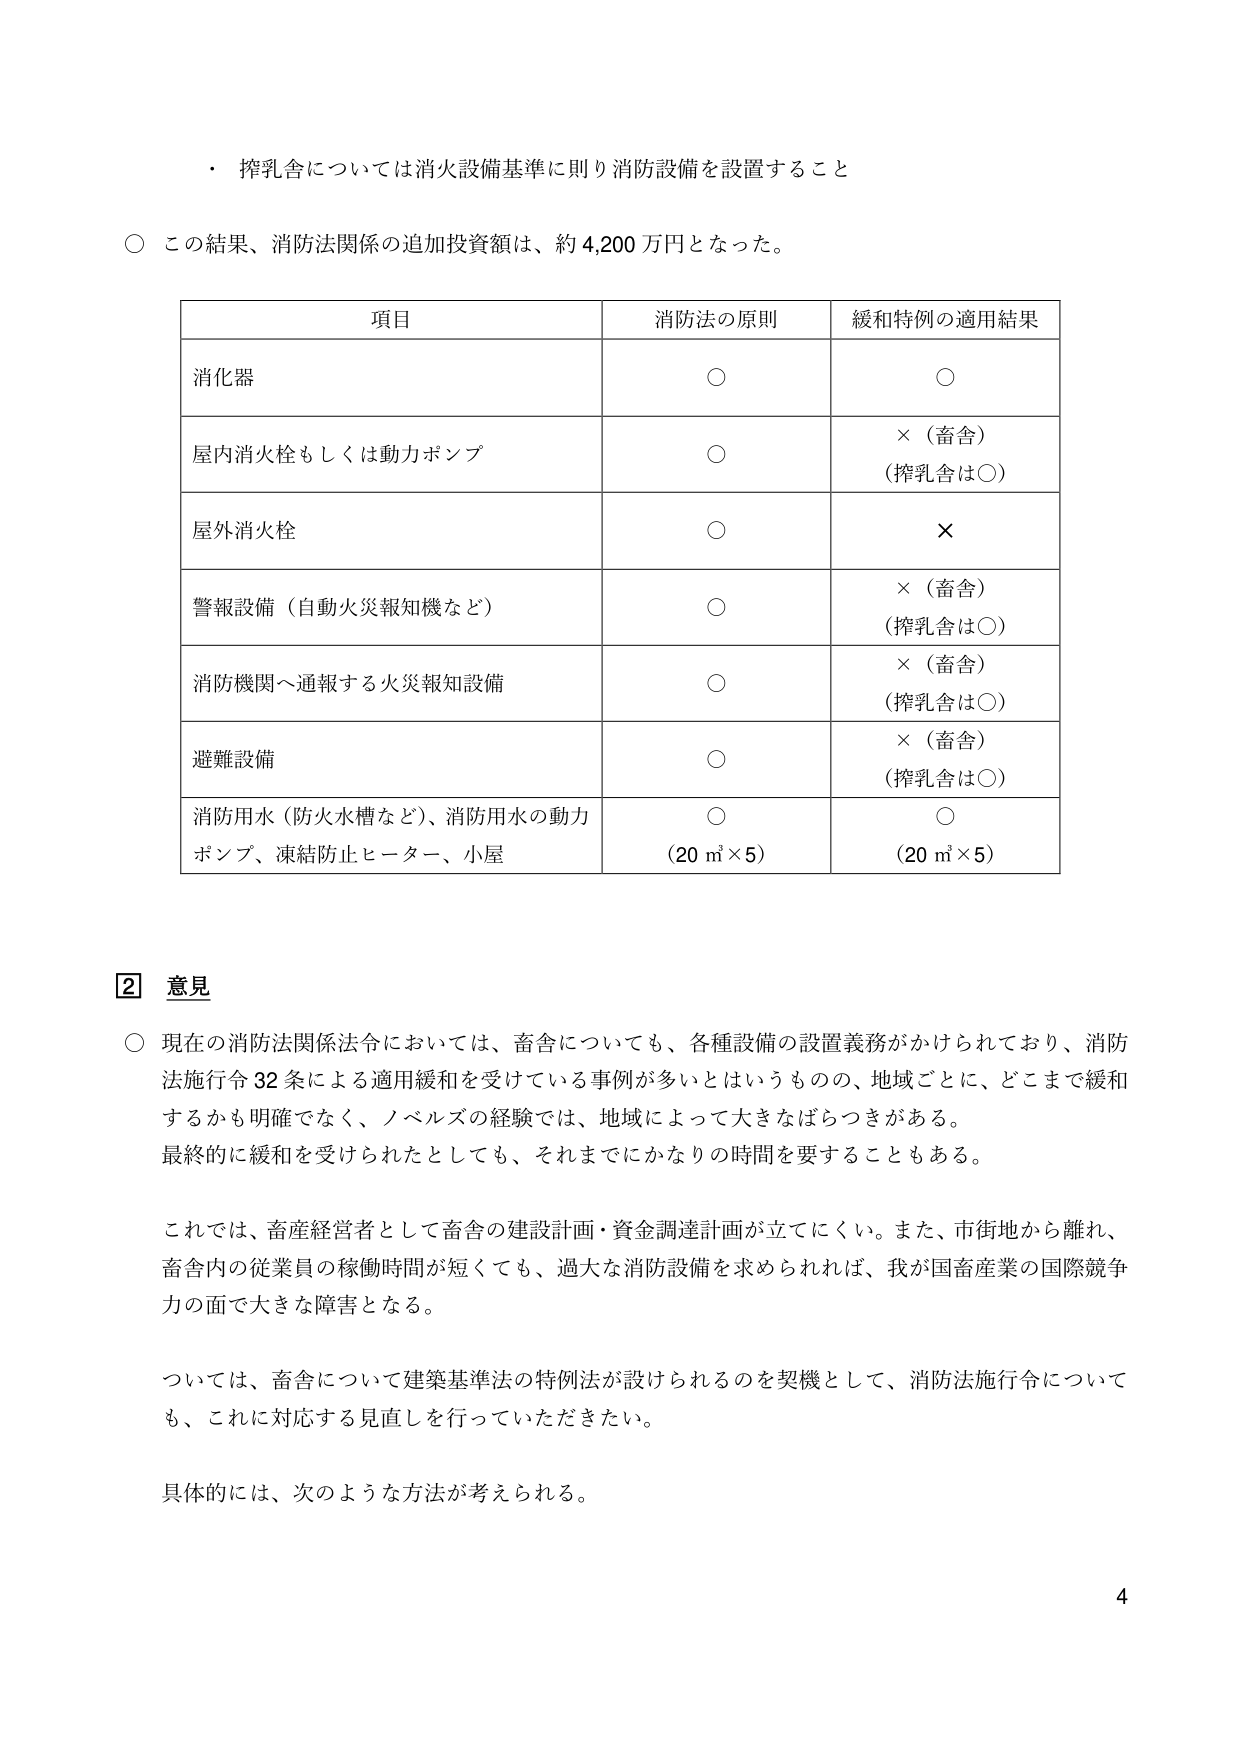
・ 搾乳舎については消火設備基準に則り消防設備を設置すること

○ この結果、消防法関係の追加投資額は、約 4,200 万円となった。

項目 消防法の原則 緩和特例の適用結果
消火器 ○ ○
屋内消火栓もしくは動力ポンプ ○ ×（畜舎）（搾乳舎は○）
屋外消火栓 ○ ×
警報設備（自動火災報知機など） ○ ×（畜舎）（搾乳舎は○）
消防機関へ通報する火災報知設備 ○ ×（畜舎）（搾乳舎は○）
避難設備 ○ ×（畜舎）（搾乳舎は○）
消防用水（防火水槽など）、消防用水の動力ポンプ、凍結防止ヒーター、小屋 ○（20 m³×5） ○（20 m³×5）

② 意見

○ 現在の消防法関係法令においては、畜舎についても、各種設備の設置義務がかけられており、消防法施行令 32 条による適用緩和を受けている事例が多いとはいうものの、地域ごとに、どこまで緩和するかも明確でなく、ノベルズの経験では、地域によって大きなばらつきがある。最終的に緩和を受けられたとしても、それまでにかなりの時間を要することもある。

これでは、畜産経営者として畜舎の建設計画・資金調達計画が立てにくい。また、市街地から離れ、畜舎内の従業員の稼働時間が短くても、過大な消防設備を求められれば、我が国畜産業の国際競争力の面で大きな障害となる。

ついては、畜舎について建築基準法の特例法が設けられるのを契機として、消防法施行令についても、これに対応する見直しを行っていただきたい。

具体的には、次のような方法が考えられる。

4